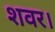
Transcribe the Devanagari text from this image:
शवर।